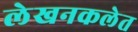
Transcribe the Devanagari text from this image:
लेखनकलेत